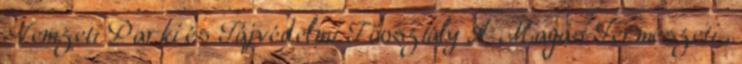
Nemzeti Parki és Tájvédelmi Főosztály A Magas Természeti .